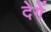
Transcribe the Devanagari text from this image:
देगेें